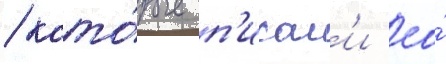
/ кото́рые п'исал'и ео́